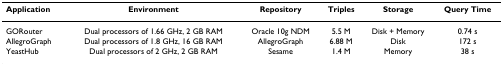
<table><thead><tr><td><b>Application</b></td><td><b>Environment</b></td><td><b>Repository</b></td><td><b>Triples</b></td><td><b>Storage</b></td><td><b>Query Time</b></td></tr></thead><tbody><tr><td>GORouter</td><td>Dual processors of 1.66 GHz, 2 GB RAM</td><td>Oracle 10g NDM</td><td>5.5 M</td><td>Disk + Memory</td><td>0.74 s</td></tr><tr><td>AllegroGraph</td><td>Dual processors of 1.8 GHz, 16 GB RAM</td><td>AllegroGraph</td><td>6.88 M</td><td>Disk</td><td>172 s</td></tr><tr><td>YeastHub</td><td>Dual processors of 2 GHz, 2 GB RAM</td><td>Sesame</td><td>1.4 M</td><td>Memory</td><td>38 s</td></tr></tbody></table>